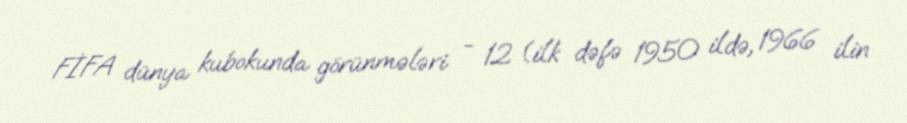
FİFA dünya kubokunda görünmələri - 12 (ilk dəfə 1950 ildə, 1966 ilin